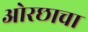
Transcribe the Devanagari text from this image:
ओरछाचा